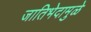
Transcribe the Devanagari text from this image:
जातिभेदामुळे